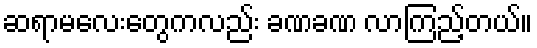
ဆရာမလေးတွေကလည်း ခဏခဏ လာကြည့်တယ်။